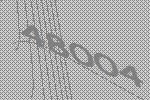
48004